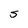
Character: s